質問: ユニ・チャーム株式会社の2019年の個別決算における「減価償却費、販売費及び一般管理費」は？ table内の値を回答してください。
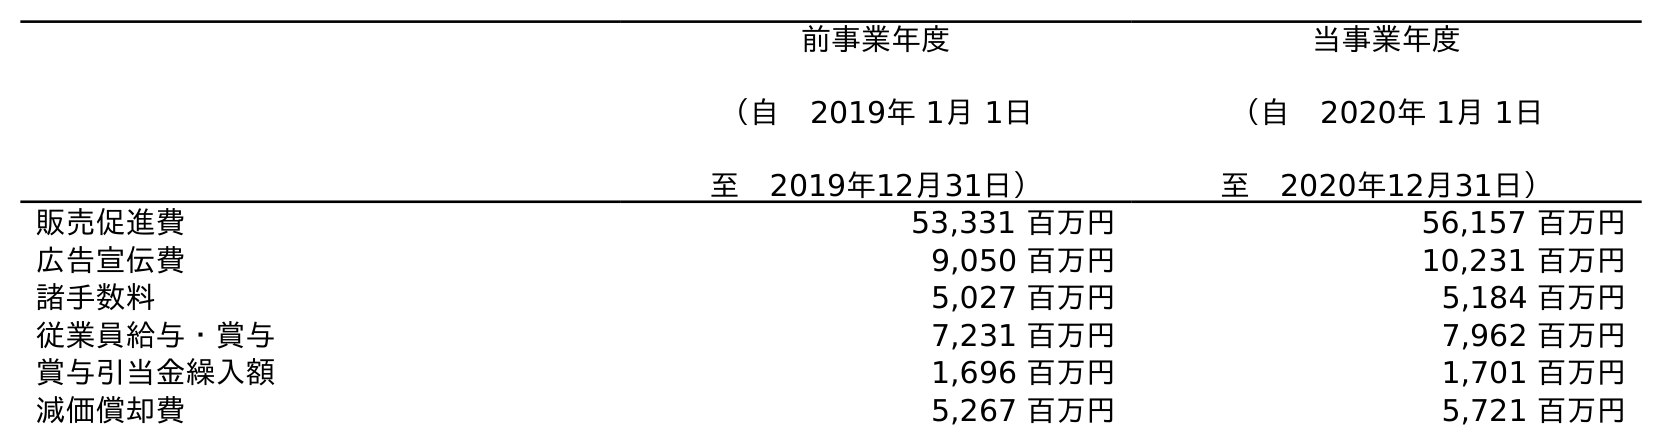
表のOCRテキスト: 前事業年度 （自 2019年 1月 1日 至 2019年12月31日） 当事業年度 （自 2020年 1月 1日 至 2020年12月31日） 販売促進費 53,331 百万円 56,157 百万円 広告宣伝費 9,050 百万円 10,231 百万円 諸手数料 5,027 百万円 5,184 百万円 従業員給与・賞与 7,231 百万円 7,962 百万円 賞与引当金繰入額 1,696 百万円 1,701 百万円 減価償却費 5,267 百万円 5,721 百万円
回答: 5,267百万円